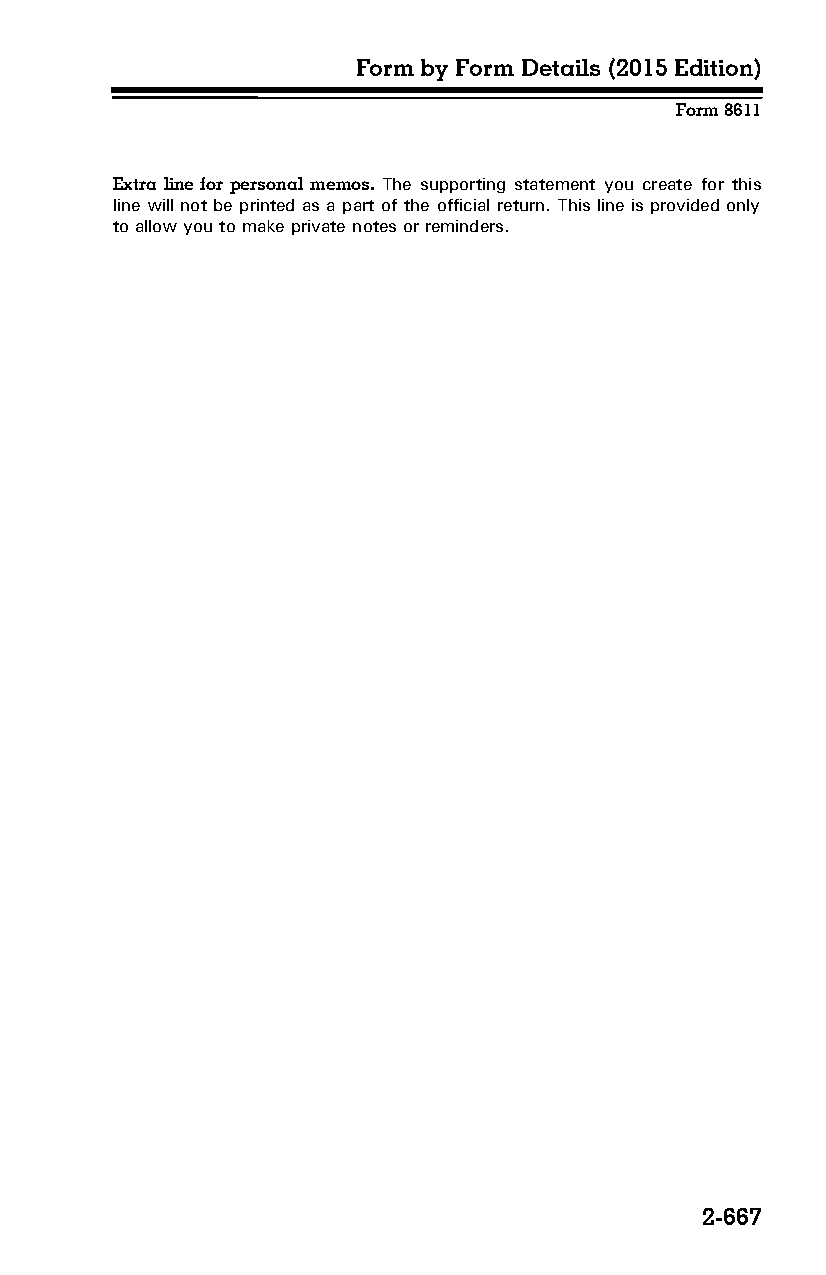
Form by Form Details (2015 Edition)
 Form 8611
 Extra line for personal memos. The supporting statement you create for this
 line will not be printed as a part of the official return. This line is provided only
 to allow you to make private notes or reminders.
 2-667